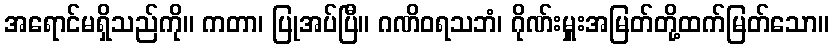
အရောင်မရှိသည်ကို။ ကတာ၊ ပြုအပ်ပြီ။ ဂဏိဝရသဘံ၊ ဂိုဏ်းမှူးအမြတ်တို့ထက်မြတ်သော။